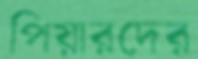
পিয়ারদের